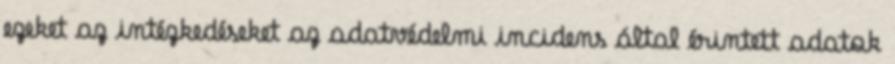
ezeket az intézkedéseket az adatvédelmi incidens által érintett adatok